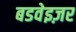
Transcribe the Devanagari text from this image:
बडवेइज़र